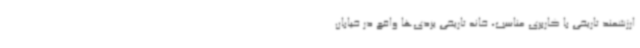
ارزشمند تاریخی با کاربری مناسب، خانه تاریخی یزدی‌ها واقع در خیابان